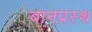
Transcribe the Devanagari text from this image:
बानप्रस्‍थ